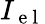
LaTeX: {{I}_{\mathrm{~e~l~}}}